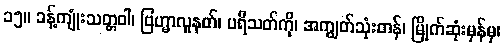
၁၅။ ခန့်ကျုံးသတ္တဝါ၊ ဗြဟ္မာလူနတ်၊ ပရိသတ်ကို၊ အကျွတ်သုံးတန်၊ မြိုက်ဆုံးမှန်မှ၊